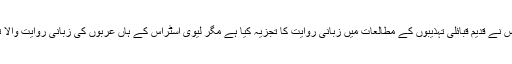
لیوی اسٹراس نے قدیم قبائلی تہذیبوں کے مطالعات میں زبانی روایت کا تجزیہ کیا ہے مگر لیوی اسٹراس کے ہاں عربوں کی زبانی روایت والا تصور نہیں۔